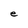
Character: e